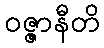
ဝဇ္ဇာနီတိ